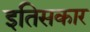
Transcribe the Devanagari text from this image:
इतिसकार